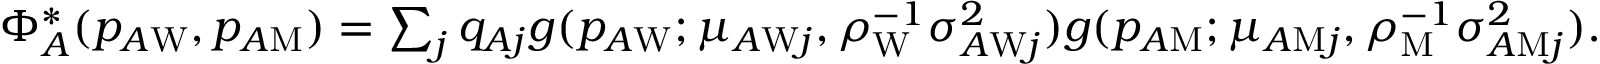
\begin{array} { r } { \Phi _ { A } ^ { * } ( p _ { A \mathrm { W } } , p _ { A \mathrm { M } } ) = \sum _ { j } q _ { A j } g ( p _ { A \mathrm { W } } ; \mu _ { A \mathrm { W } j } , \rho _ { \mathrm { W } } ^ { - 1 } \sigma _ { A \mathrm { W } j } ^ { 2 } ) g ( p _ { A \mathrm { M } } ; \mu _ { A \mathrm { M } j } , \rho _ { \mathrm { M } } ^ { - 1 } \sigma _ { A \mathrm { M } j } ^ { 2 } ) . } \end{array}